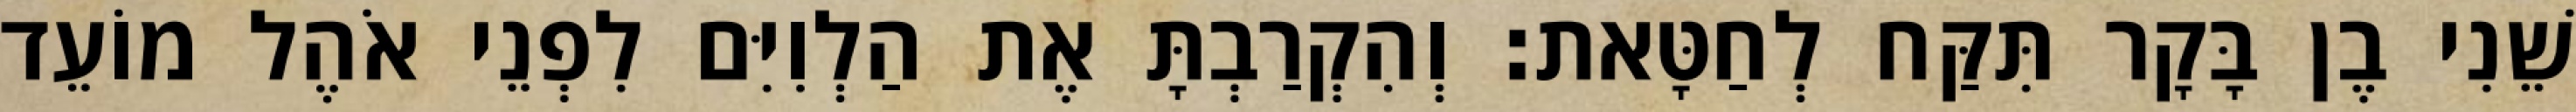
שֵׁנִי בֶן בָּקָר תִּקַּח לְחַטָּאת׃ וְהִקְרַבְתָּ אֶת הַלְוִיִּם לִפְנֵי אֹהֶל מוֹעֵד